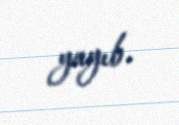
yayıb.